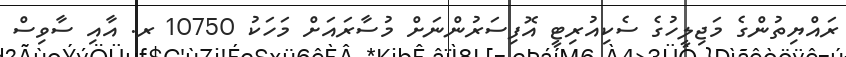
ރައްޔިތުންގެ މަޖިލީހުގެ ސެކިއުރިޓީ އޮފިސަރުންނަށް މުސާރައަށް މަހަކު 10750 ރ. އާއި ސާވިސް